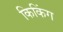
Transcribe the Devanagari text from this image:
किकिंग